Sketch of the medical history of the native army of Bombay, for the year
Year: 1876
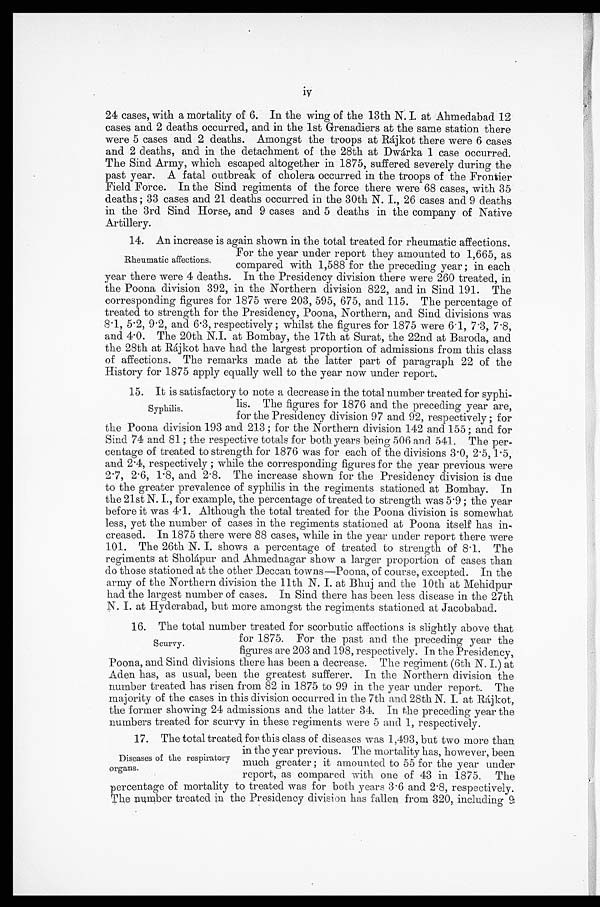
iv
24 cases, with a mortality of 6. In the wing of the 13th N. I. at Ahmedabad 12
cases and 2 deaths occurred, and in the 1st Grenadiers at the same station there
were 5 cases and 2 deaths. Amongst the troops at Rájkot there were 6 cases
and 2 deaths, and in the detachment of the 28th at Dwárka 1 case occurred.
The Sind Army, which escaped altogether in 1875, suffered severely during the
past year. A fatal outbreak of cholera occurred in the troops of the Frontier
Field Force. In the Sind regiments of the force there were 68 cases, with 35
deaths ; 33 cases and 21 deaths occurred in the 30th N. I., 26 cases and 9 deaths
in the 3rd Sind Horse, and 9 cases and 5 deaths in the company of Native
Artillery.
14. An increase is again shown in the total treated for rheumatic affections.
For the year under report they amounted to 1,665, as
compared with 1,588 for the preceding year ; in each
year there were 4 deaths. In the Presidency division there were 260 treated, in
the Poona division 392, in the Northern division 822, and in Sind 191. The
corresponding figures for 1875 were 203, 595, 675, and 115. The percentage of
treated to strength for the Presidency, Poona, Northern, and Sind divisions was
8.1, 5.2, 9.2, and 6.3, respectively ; whilst the figures for 1875 were 6.1, 7.3,
7 . 8 a n d 4 . 0 . T h e 2 0 t h N . I . a t B o m b a y , t h e 1 7 t h a t S u r a t , t h e 2 2 n d a t B a r o d a , a n d
the 28th at Rájkot have had the largest proportion of admissions from this class
of affections. The remarks made at the latter part of paragraph 22 of the
History for 1875 apply equally well to the year now under report.
15. It is satisfactory to note a decrease in the total number treated for syphi
-lis. The figures for 1876 and the preceding year are,
for the Presidency division 97 and 92, respectively ; for
the Poona division 193 and 213; for the Northern division 142 and 155; and for
Sind 74 and 81 ;the respective totals for both Years being 506 and 541. The per
-centage of treated to strength for 1876 was for each of the divisions 3.0, 2.5, 1.5,
and 2.4, respectively ; while the corresponding figures for the year previous were
2.7, 2.6, 1.8, and 2.8. The increase shown for the Presidency division is due
to the greater prevalence of syphilis in the regiments stationed at Bombay. In
the 21st N. I., for example, the percentage of treated to strength was 5.9 ; the year
before it was 4.1. Although the total treated for the Poona division is somewhat
less, yet the number of cases in the regiments stationed at Poona itself has in-
creased. In 1875 there were 88 cases, while in the year under report there were
101. The 26th N. I. shows a percentage of treated to strength of 8.1. The
regiments at Sholápur and Ahmednagar show a larger proportion of cases than
do those stationed at the other Deccan towns—Poona, of course, excepted. In the
army of the Northern division the 11th N. I. at Bhuj and the 10th at Mehidpur
had the largest number of cases. In Sind there has been less disease in the 27th
N. I. at Hyderabad, but more amongst the regiments stationed at Jacobabad.
16. The total number treated for scorbutic affections is slightly above that
for 1875. For the past and the preceding year the
figures are 203 and 198, respectively. In the Presidency,
Poona, and Sind divisions there has been a decrease. The regiment (6th N. I.) at
Aden has, as usual, been the greatest sufferer. In the Northern division the
number treated has risen from 82 in 1875 to 99 in the year under report. The
majority of the cases in this division occurred in the 7th and 28th N. I. at Rájkot,
the former showing 24 admissions and the latter 34. In the preceding year the
numbers treated for scurvy in these regiments were 5 and 1, respectively.
17. The total treated for this class of diseases was 1,493, but two more than
in the year previous. The mortality has, however, been
much greater ; it amounted to 55 for the year under
report, as compared with one of 43 in 1875. The
percentage of mortality to treated was for both years 3.6 and 2.8, respectively.
The number treated in the Presidency division has fallen from 320, including 9
Rheumatic affections.
Syphilis.
Scurvy.
Diseases of the respiratory
organs.